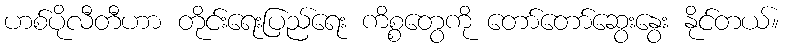
ဟစ်ပိုလီတီဟာ တိုင်းရေးပြည်ရေး ကိစ္စတွေကို တော်တော်ဆွေးနွေး နိုင်တယ်။